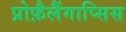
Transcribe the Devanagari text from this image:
प्रोफ़ैलैंगाप्सिस